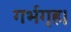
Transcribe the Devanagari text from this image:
गर्भगृह।